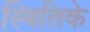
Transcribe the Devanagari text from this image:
स्थितिके